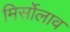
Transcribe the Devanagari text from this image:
मिर्सोलाव